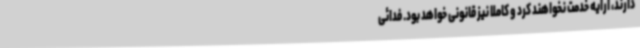
دارند، ارایه خدمت نخواهند کرد و کاملا نیز قانونی خواهد بود. فدائی